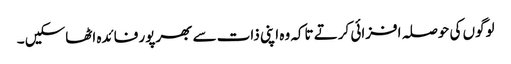
لوگوں کی حوصلہ افزائی کرتے تاکہ وہ اپنی ذات سے بھرپور فائدہ اٹھاسکیں ۔